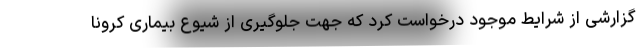
گزارشی از شرایط موجود درخواست کرد که جهت جلوگیری از شیوع بیماری کرونا